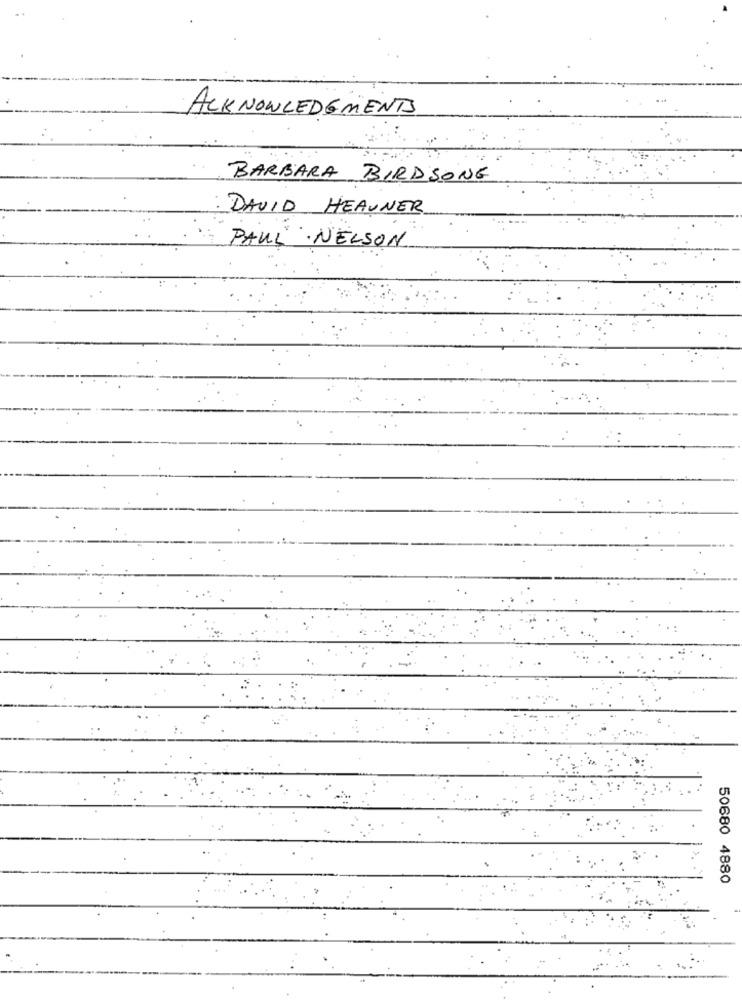
ACKNOWLEDGEMENTS
BARBARA BIRDSONG
DAVID HEAUNER
PAUL ·NELSON
50680 4880